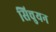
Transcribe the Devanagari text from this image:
सिचुयन